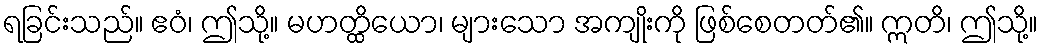
ရခြင်းသည်။ ဧဝံ၊ ဤသို့။ မဟတ္ထိယော၊ များသော အကျိုးကို ဖြစ်စေတတ်၏။ ဣတိ၊ ဤသို့။